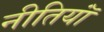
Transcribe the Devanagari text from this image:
नीतियॉं